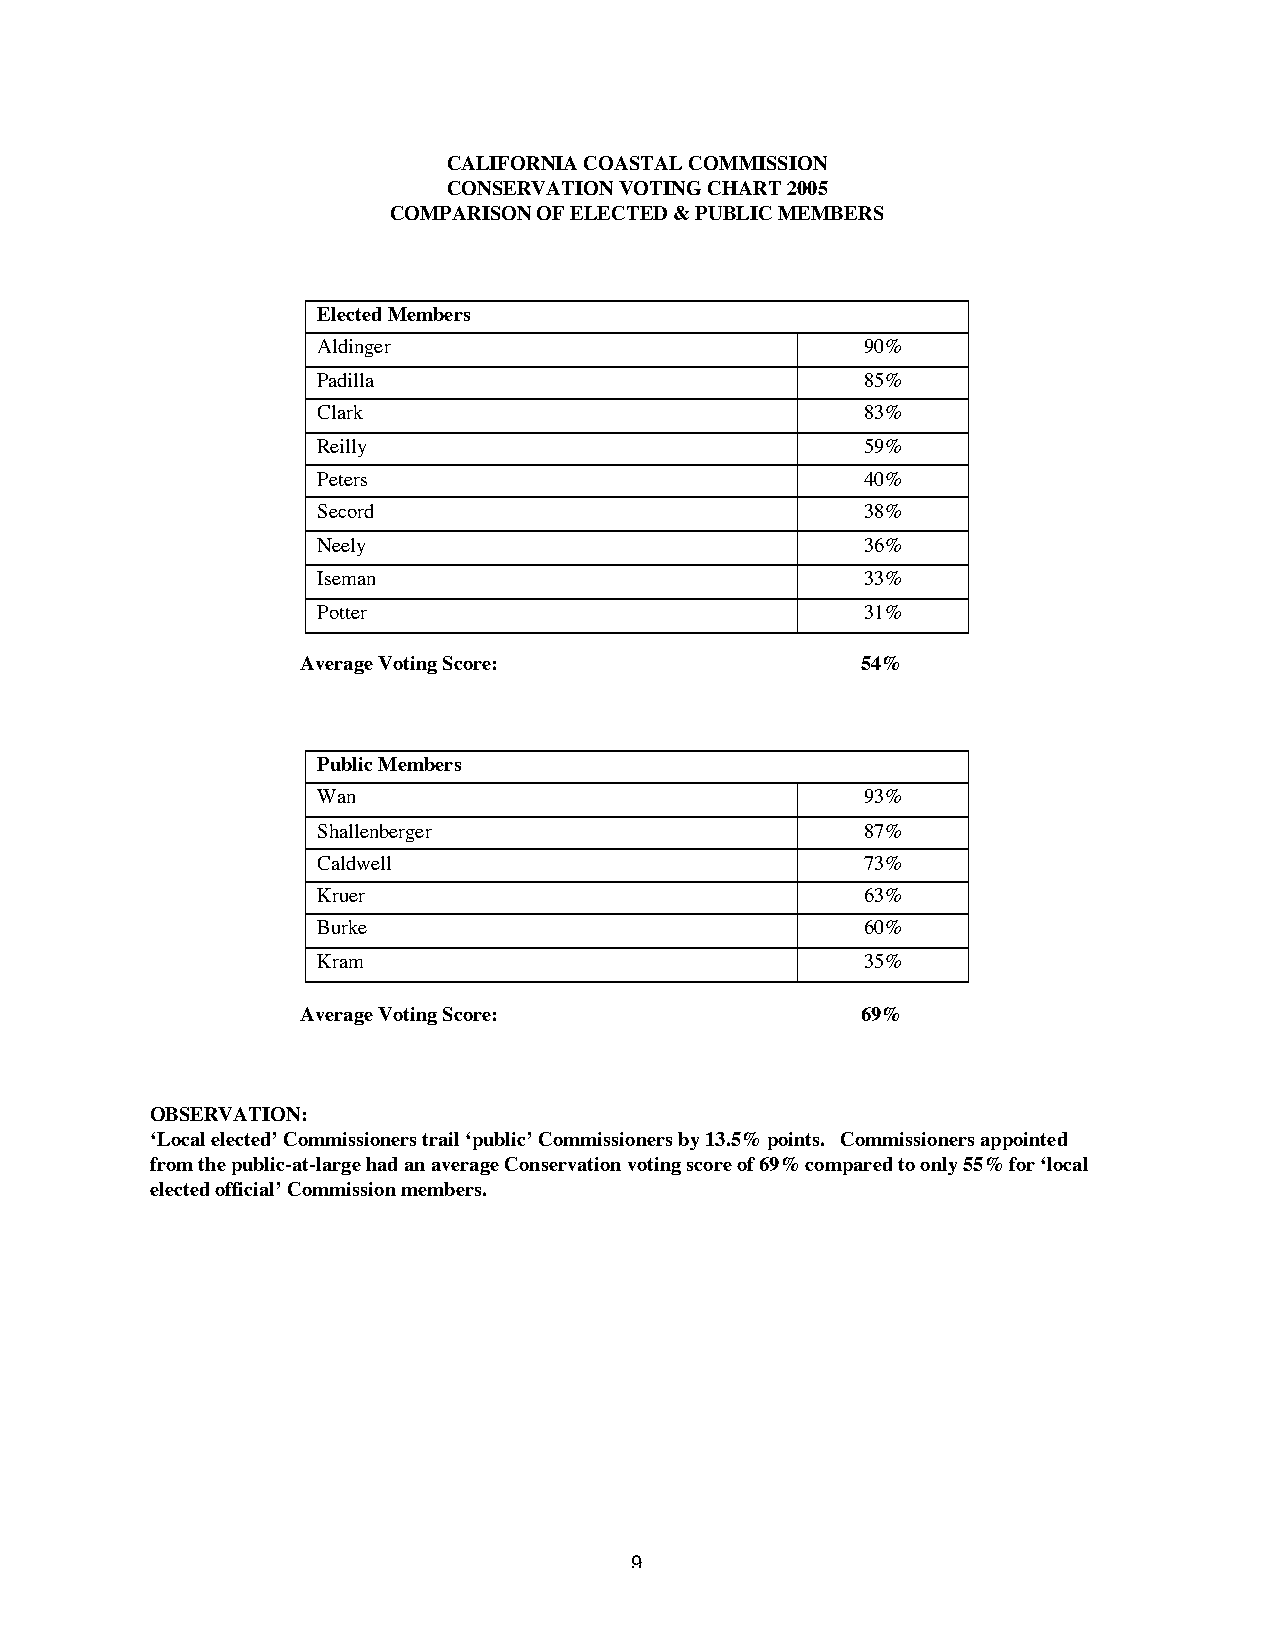
CALIFORNIA COASTAL COMMISSION
 CONSERVATION VOTING CHART 2005
 COMPARISON OF ELECTED & PUBLIC MEMBERS
 Elected Members
 Aldinger                            90%
 Padilla                             85%
 Clark                               83%
 Reilly                              59%
 Peters                              40%
 Secord                              38%
 Neely                               36%
 Iseman                              33%
 Potter                              31%
 Average Voting Score:                54%
 Public Members
 Wan                                 93%
 Shallenberger                       87%
 Caldwell                            73%
 Kruer                               63%
 Burke                               60%
 Kram                                35%
 Average Voting Score:                69%
 OBSERVATION:
 ‘Local elected’ Commissioners trail ‘public’ Commissioners by 13.5% points. Commissioners appointed
 from the public-at-large had an average Conservation voting score of 69% compared to only 55% for ‘local
 elected official’ Commission members.
 9